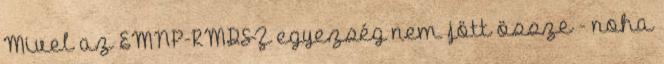
Mivel az EMNP-RMDSZ egyezség nem jött össze - noha